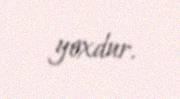
yoxdur.